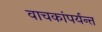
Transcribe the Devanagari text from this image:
वाचकांपर्यन्त